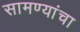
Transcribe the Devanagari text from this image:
सामण्यांचा